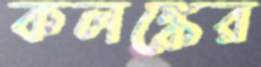
কলঙ্কের